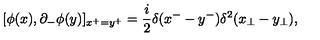
[ \phi ( x ) , \partial _ { - } \phi ( y ) ] _ { x ^ { + } = y ^ { + } } = \frac { i } { 2 } \delta ( x ^ { - } - y ^ { - } ) \delta ^ { 2 } ( x _ { \perp } - y _ { \perp } ) ,